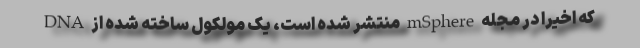
که اخیراً در مجله mSphere منتشر شده است، یک مولکول ساخته شده از DNA